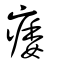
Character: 痿